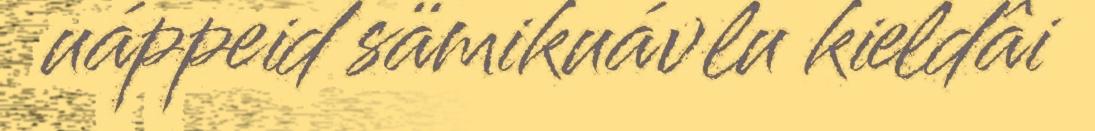
uáppeid sämikuávlu kieldâi